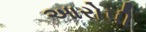
આરોપી